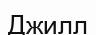
Джилл